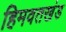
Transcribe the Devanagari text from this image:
हिमवतखंड